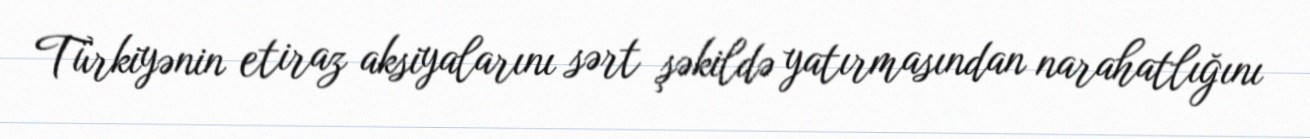
Türkiyənin etiraz aksiyalarını sərt şəkildə yatırmasından narahatlığını